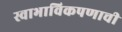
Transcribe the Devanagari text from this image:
स्वाभाविकपणाची